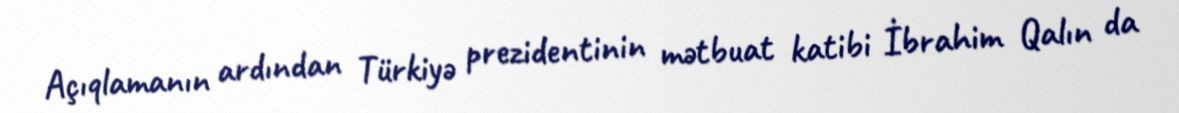
Açıqlamanın ardından Türkiyə prezidentinin mətbuat katibi İbrahim Qalın da